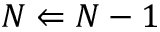
N \Leftarrow N - 1